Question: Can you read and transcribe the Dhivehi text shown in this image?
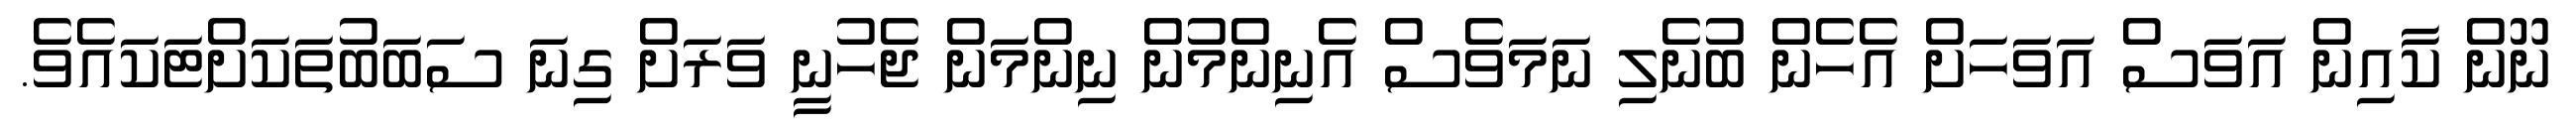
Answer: ނޫން ކާއިން އަވަސް އަވަހަށް އެހެން ބުނެލި ނަމަވެސް އެނިންމުން ނިންމަން ޖެހުނީ ވަރަށް ގިނަ ސަބަބުތަކަށްޓަކައެވެ.